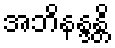
အဘိနန္ဒန္တိ